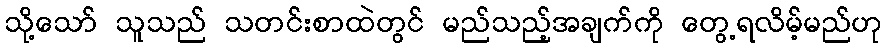
သို့သော် သူသည် သတင်းစာထဲတွင် မည်သည့်အချက်ကို တွေ့ရလိမ့်မည်ဟု